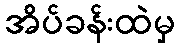
အိပ်ခန်းထဲမှ